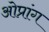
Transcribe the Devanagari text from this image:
ओप्रांग